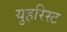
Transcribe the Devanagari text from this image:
युहरिस्ट